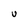
Character: U